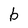
Character: b